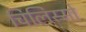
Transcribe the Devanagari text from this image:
चिलिस्सो